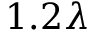
1 . 2 \lambda